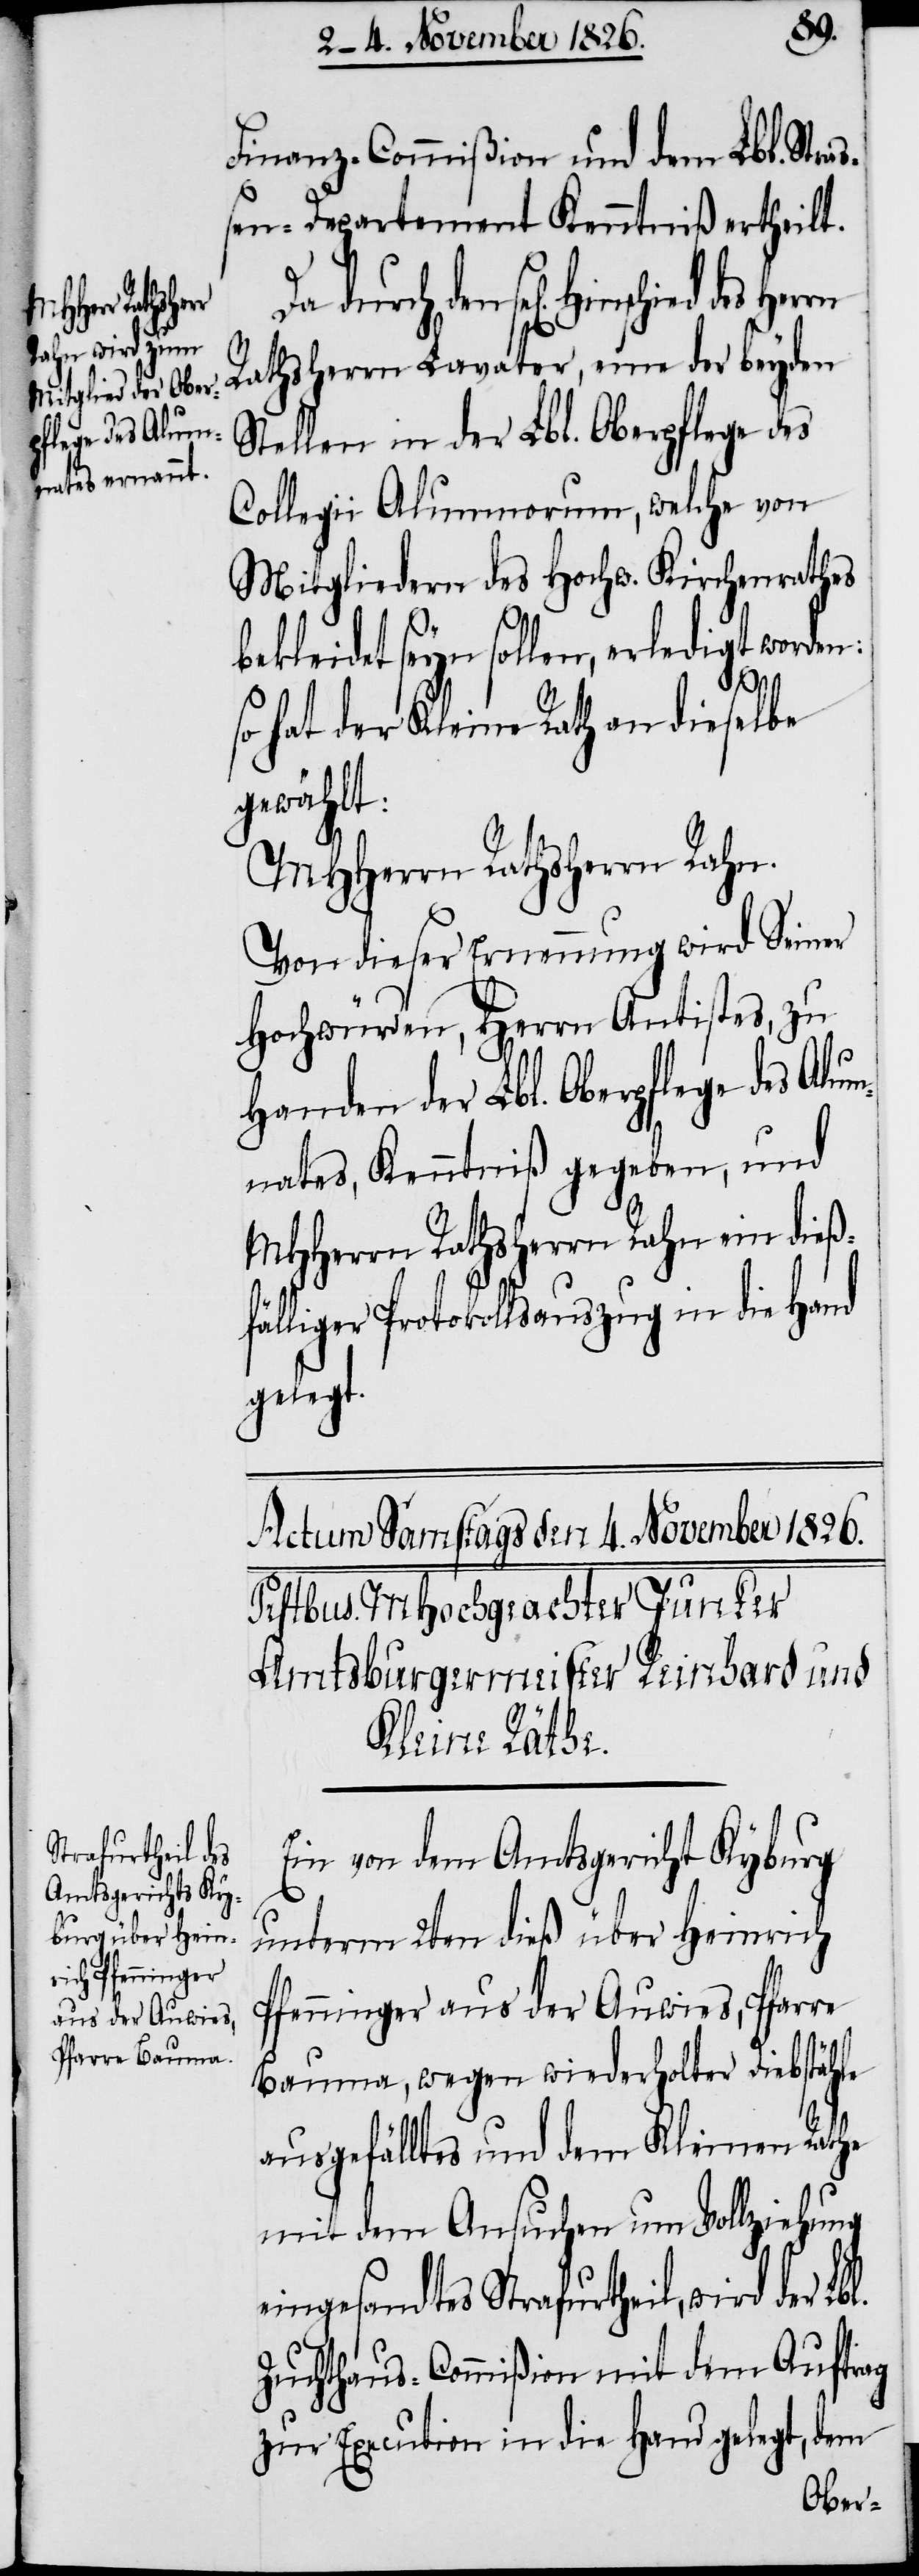
pflege des Alum¬

b¬
Finanz-Commißion und dem Lbl. Stra¬
ßen-Departement Kenntniß ertheilt.
Hinschied des Herrn
Rathsherrn Lavater, eine der beyden
Stellen in der Lbl. Oberpflege des
Collegii Alumnorum, welche von
Mitgliedern des Hochw. Kirchenrathes
ekleidet seyn sollen, erledigt worde¬
n:
so hat der Kleine Rath an dieselbe
gewählt:
MHHerrn Rathsherrn Rahn.
Von dieser Ernennung wird Seiner
Hochwürden, Herrn Antistes, zu
Handen der Lbl. Ober¬
nates, Kenntniß gegeben, und
MHHerrn Rathsherrn Rahn ein dieß¬
fälliger Protokollsauszug in die Hand
gelegt.
Ein von dem Amtsgericht Kyburg
unterm 2ten dieß über Heinrich
Pfenninger aus der Auwies, Pfarre
Bauma, wegen wiederholter Diebstähle
ausgefälltes und dem Kleinen Rathe
mit dem Ansuchen um Vollziehung
eingesandtes Strafurtheil, wird der
Zuchthaus-Commißion mit dem Auftrag
zur Execution in die Hand gelegt, dem